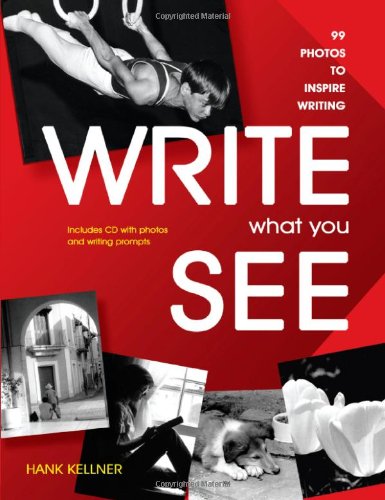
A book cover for Write What You See: 99 Photos to Inspire Writing; Hank Kellner; Teen & Young Adult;